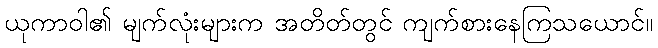
ယုကာဝါ၏ မျက်လုံးများက အတိတ်တွင် ကျက်စားနေကြသယောင်။